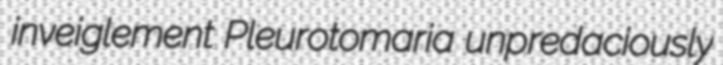
inveiglement Pleurotomaria unpredaciously